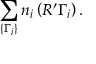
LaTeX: \sum _ { \{ \Gamma _ { i } \} } n _ { i } \left( { \cal R ^ { \prime } } \Gamma _ { i } \right) .